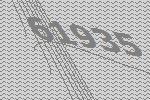
61935